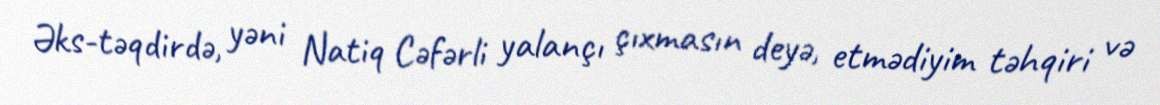
Əks-təqdirdə, yəni Natiq Cəfərli yalançı çıxmasın deyə, etmədiyim təhqiri və